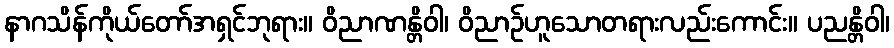
နာဂသိန်ကိုယ်တော်အရှင်ဘုရား။ ဝိညာဏန္တိဝါ၊ ဝိညာဉ်ဟူသောတရားလည်းကောင်း။ ပညန္တိဝါ၊